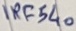
Text: IRF540